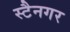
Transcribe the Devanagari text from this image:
स्टैनगर